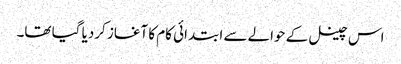
اس چینل کے حوالے سے ابتدائی کام کا آغاز کردیا گیا تھا۔